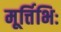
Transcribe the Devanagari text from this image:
मूर्त्तिभिः